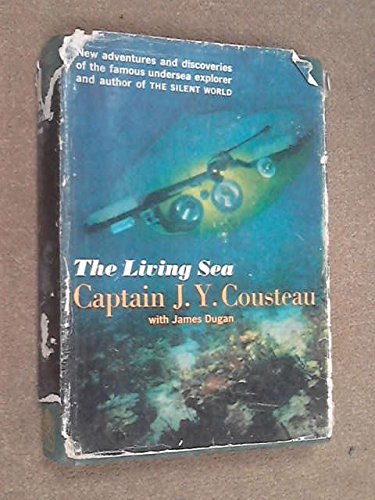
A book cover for The Living Sea.; Jacques Yves Cousteau; Sports & Outdoors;